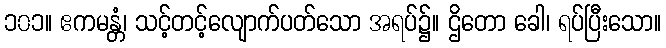
၁၀၁။ ဧကမန္တံ၊ သင့်တင့်လျောက်ပတ်သော အရပ်၌။ ဌိတော ခေါ၊ ရပ်ပြီးသော။